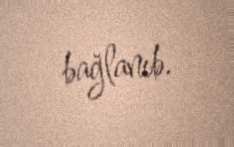
bağlanıb.